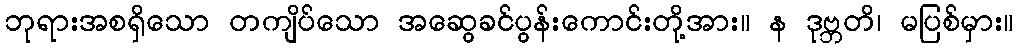
ဘုရားအစရှိသော တကျိပ်သော အဆွေခင်ပွန်းကောင်းတို့အား။ န ဒုဗ္ဘတိ၊ မပြစ်မှား။